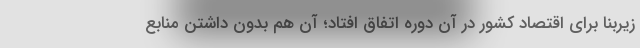
زیربنا برای اقتصاد کشور در آن دوره اتفاق افتاد؛ آن هم بدون داشتن منابع